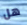
هل